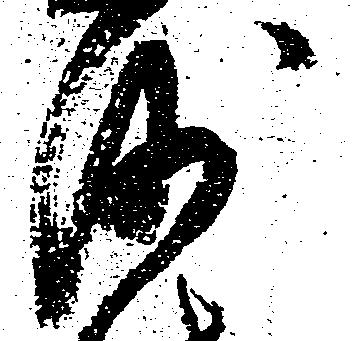
沙